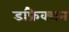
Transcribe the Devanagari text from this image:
डफ्रेिक्शन